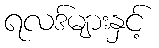
ရလဒ်များနှင့်